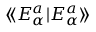
\langle \! \langle E _ { \alpha } ^ { a } | E _ { \alpha } ^ { a } \rangle \! \rangle